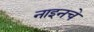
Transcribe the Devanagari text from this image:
नाइनचे